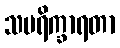
သပရိက္ခာရတာ